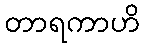
တာရကာဟိ